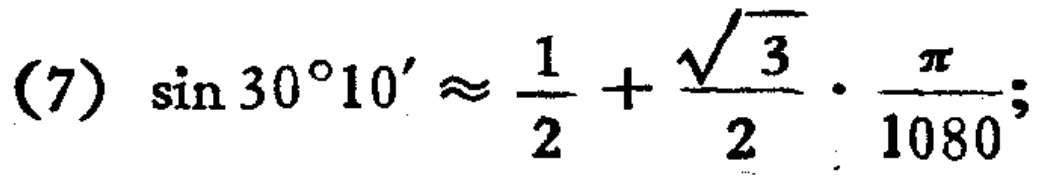
\((7)\ \sin 30^{\circ}10'\approx \frac{1}{2}+\frac{\sqrt{3}}{2}\cdot\frac{\pi}{1080};\)